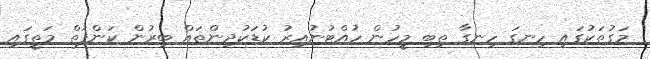
މަގުތަކުގައި ހިނގަ ހިނގާ ތިބި މީހުން ހުއްޓުނުއިރު ކުޑަކުދިންތައް ބިރުން ކަންފަތް މަތީގައި